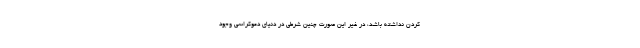
کردن نداشته باشد، در غیر این صورت چنین شرطی در دنیای دموکراسی وجود